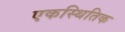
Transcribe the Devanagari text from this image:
एकस्थितिक